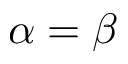
\alpha = \beta